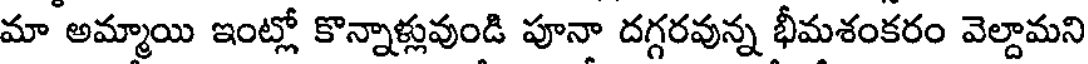
మా అమ్మాయి ఇంట్లో కొన్నాళ్లువుండి పూనా దగ్గరవున్న భీమశంకరం వెల్దామని